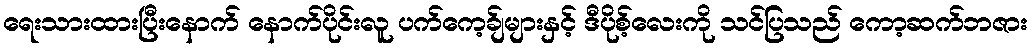
ရေးသားထားပြီးနောက် နောက်ပိုင်းလူ ပက်ကေ့ခ်ျများနှင့် ဒီပိုစ့်လေးကို သင်ပြသည် ကော့ဆက်ဘဇား